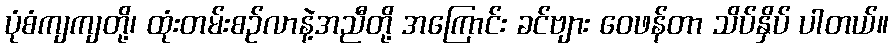
ပုံစံကျကျတို့၊ ထုံးတမ်းစဉ်လာနဲ့အညီတို့ အကြောင်း ခင်ဗျား ဝေဖန်တာ သိပ်နှိပ် ပါတယ်။